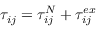
\tau _ { i j } = \tau _ { i j } ^ { N } + \tau _ { i j } ^ { e x }